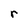
Character: r